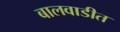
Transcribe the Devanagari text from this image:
बालवाडीत